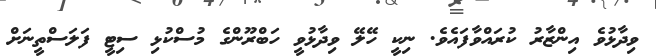
ވިދާޅުވެ އިންޒާރު ކުރައްވާފައެވެ. ނިކީ ހޭލޭ ވިދާޅުވީ ހަބްރޫންގެ މުސްކުޅި ސިޓީ ފަލަސްތީނަށް